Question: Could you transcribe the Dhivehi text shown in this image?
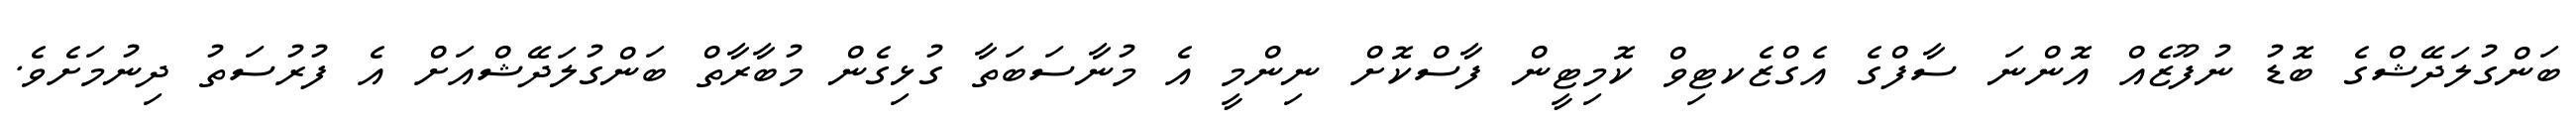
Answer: ބަންގުލަދޭޝްގެ ބޮޑު ނުފޫޒެއް އޮންނަ ސާފްގެ އެގްޒެކޓިވް ކޮމިޓީން ފާސްކޮށް ނިންމީ އެ މުނާސަބަތާ ގުޅިގެން މުބާރާތް ބަންގުލަދޭޝްއަށް އެ ފުރުސަތު ދިނުމަށެވެ.